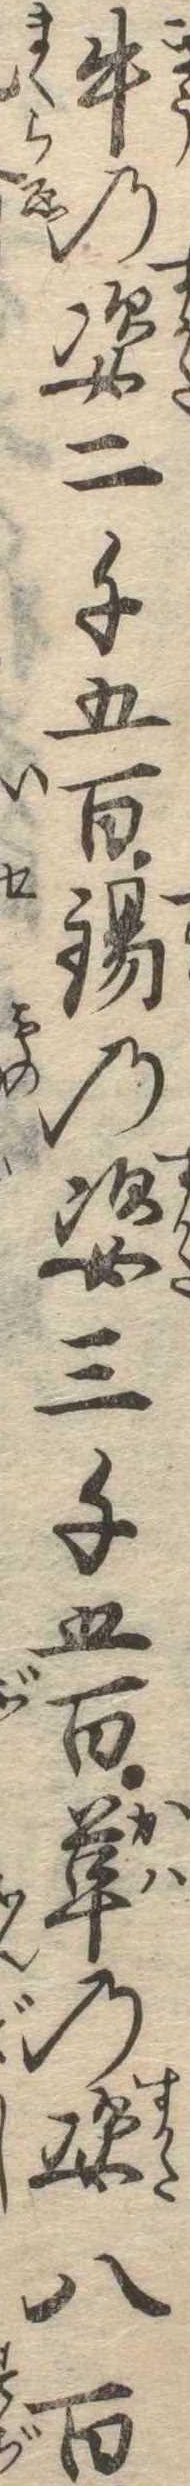
牛の姿二千五百錫の姿三千五百革の姿八百